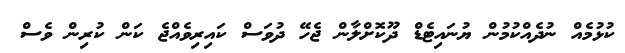
ކުޅުމެއް ނުދެއްކުމުން ޔުނައިޓެޑް ދޫކޮށްލާން ޖެހޭ ދުވަސް ކައިރިވެއްޖެ ކަން ކުރިން ވެސް